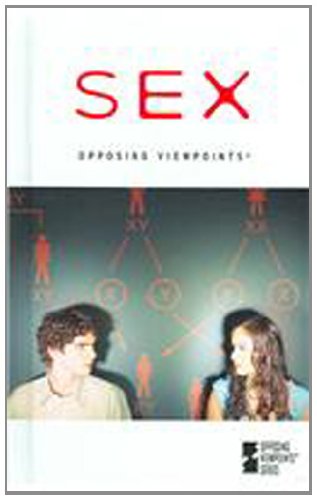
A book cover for Sex: Opposing Viewpoints; Teen & Young Adult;